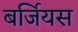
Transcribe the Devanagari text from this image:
बर्जियस